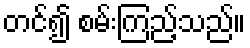
တင်၍ စမ်းကြည့်သည်။